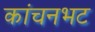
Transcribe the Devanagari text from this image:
कांचनभट